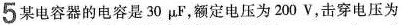
5某电容器的电容是30μF，额定电压为200V，击穿电压为